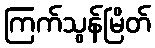
ကြက်သွန်မြိတ်